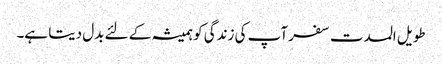
طویل المدت سفر آپ کی زندگی کو ہمیشہ کے لئے بدل دیتا ہے۔